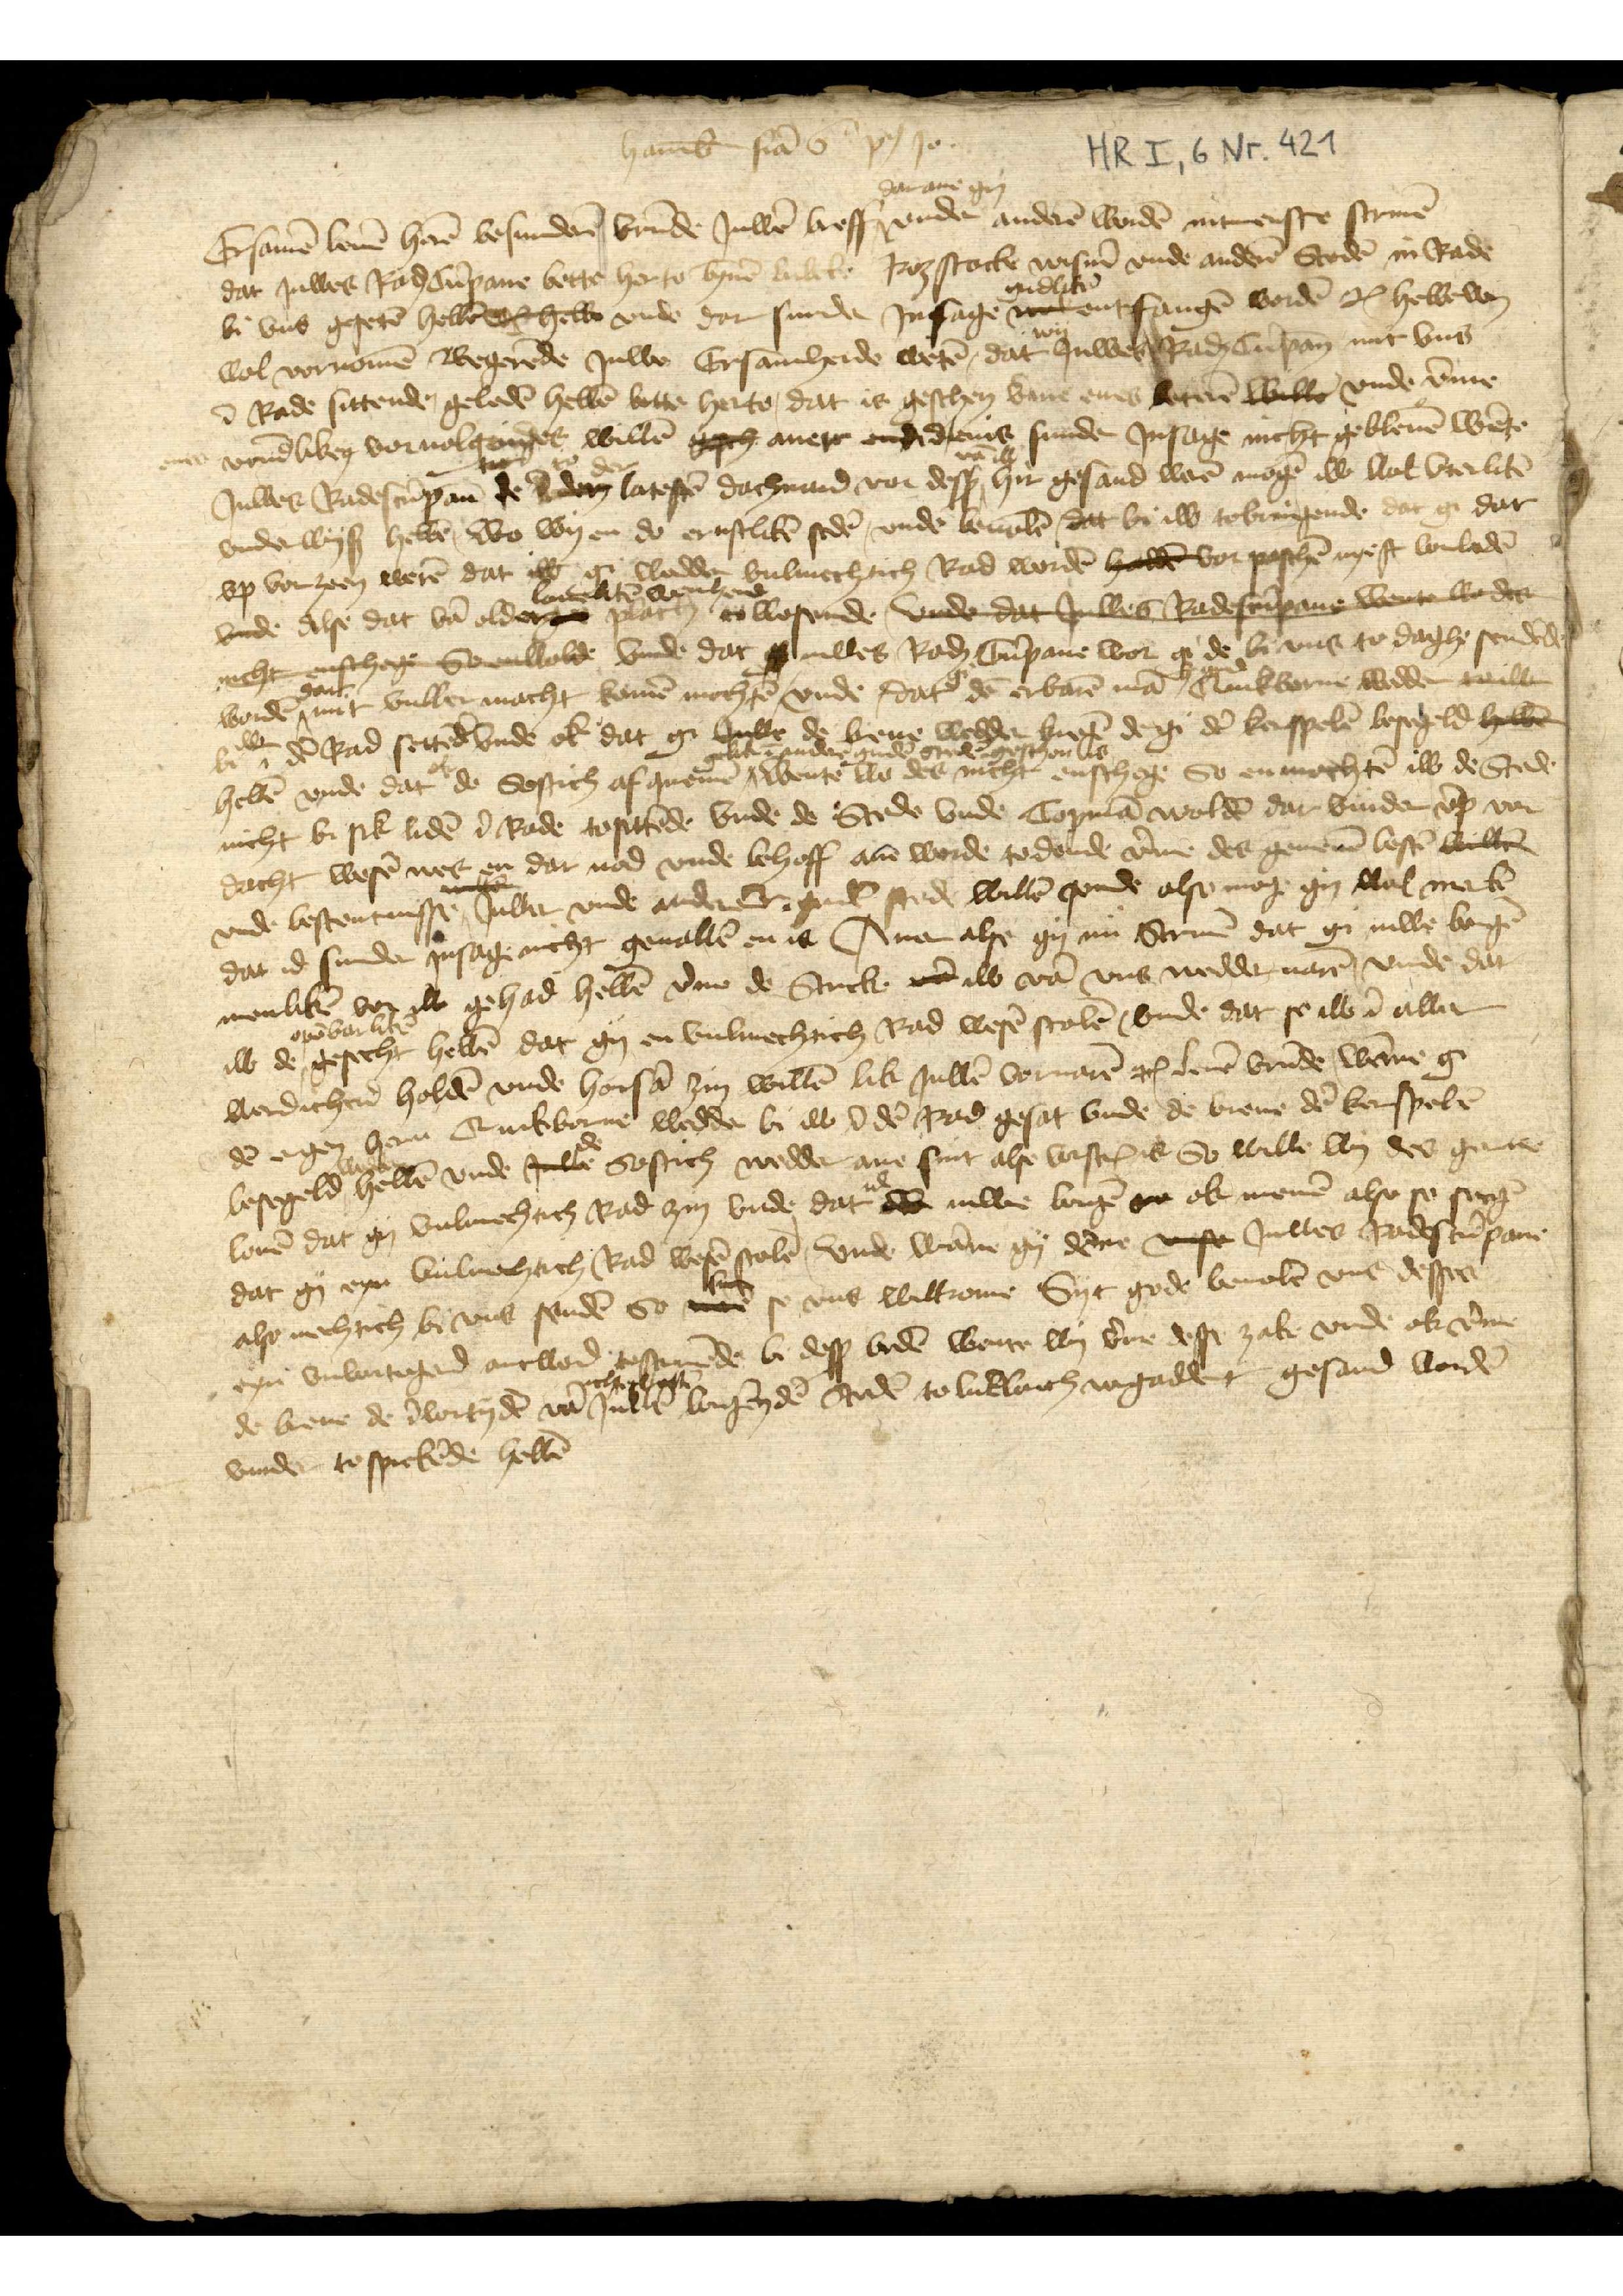
Hamb̄ fẻa 6 po̧ Jo
Ersamē leuē herē besunderē vrūde Juwē breff dar ane gy vnde anderē wordē int erste screuē 
dar Juwes Raḑ Cūpane bette herto bȳnē Lubeke Rozstocke Wismẻ vnde anderē Stedē in Rade 
bi vns gesetē hebbē orhe vnde dar sunder Jnsage redelikē entfangē wordē etꝬ hebbe wy 
wol vornomē Begerēde Juwe Ersamheide wetē, dat wy Juwes Raḑ Cūpan̄ mit vns
ī Rade sittende, geledē hebbē bette herte, dat is geschen vme enes beterē willē vnde v̄me
vrund̄liken voruolgendes willē geh auer ddlems id enis sunde Jnsage nicht geweuē wēte
Juwes Radesecūpan̄ to der latestē dachuard vor desß vā iw hir gesand werē mogē iw wol vterlikē
vndewyß hebbē, wo wy en do ernstlikē sedē, vnde beualē dat bi iw tobringende dat gi dar
vp vorzeen werē dat iw gi wedder vulmechtich Rad wordē hedde vor paschē negest vorledē
vnde alse dat vā older louelikē wonheid plach iw to wesende vnde dat Julelēn Redee went larde
nicht enshet Soenwolde vnde dat iuwes RaḑCūpane wor gi de bi vns to daghe sendēde
wordē, dar mit vuller macht komē mochtē, vnde dat gi dē erbarē mā her Gerd Quickborne wedder willen 
bi iw dē Rad settēdē vnde ik dat gi Juwe de breue wedder kregē de gi dē kerspelē besegeld hebbe
hebbē vnde dat ok de Sostich af quemē gelik ī ander gudē stedē geschen is wente wo des nicht enschege So en mochtē iw de Stde
nicht bi sik ludē ī Rade tosittēde vnde de Stede vnde Copmā woldē dar vurder v̄m vor¬
dacht wesē wes en dar nod vnde behoff anē worde to donde v̄me des gemenē bestē willen
vnde bestentnisse Juwer vnde ander̉ gudē stede willē, vnde also moge gy wol merkē
dat id sunder Jnsage nicht geuallē en is Auer alse gy nu Screuē dat gi iuwe borgẻ
menlikē vor iw gehad hebbē v̄me de Stucke van iw vā vns wedderuarē, vnde dar 
iw de ouẻbalikē gesecht hebbē dat gy en vulmechtich Rad wesē scolē, vnde dat se iw ī allen
werdicheid holdē vnde horsā zin willē lik Juwē voruarē etꝬ leuē vrūde wāne gi
dē ergeņ hern Quickborne wedder bi iw ī dē Rad gesat vnde de breue dē kerspelē
besegeld wedder hebbē vnde sele de Sostich wedder aue sint alse voscrꝬ is So wille wy des gerne
louē dat gy vulmechtich Rad zin vnde dat id iuwe borgẻ so ok menē also se secgē
dat gy eyn vulmechtich Rad wesē scolē vnde wāne gy dēne vns Juwes Radescūpane
also mechtich bi vns sendē So sint se vns wilkome Syt gode beuolē vns desses
eyn vnvortoged antword toscriuēde bi desß bodē wente wy v̄me desse zake vnde ok v̄me
de breue de ī vortydē vā ichteswelke Juwē borgẻn dē Stedē to Lūeborch vergaddert gesand wordē
vurder to sprekēde hebbē